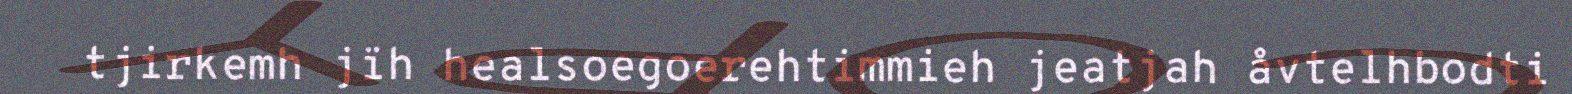
tjirkemh jïh healsoegoerehtimmieh jeatjah åvtelhbodti